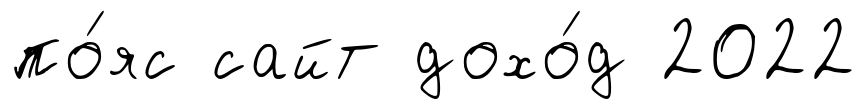
по́яс сайт дохо́д 2022